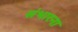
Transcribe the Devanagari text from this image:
संभारना